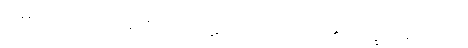
ကရောဟိ၊ ပြုလော။ ဣတိ၊ ဤသို့။ ပဋိဝေဒေသိ၊ ကြားပေ၏။ ဘိက္ခဝေ၊ ရဟန်းတို့။